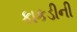
કાકડીની